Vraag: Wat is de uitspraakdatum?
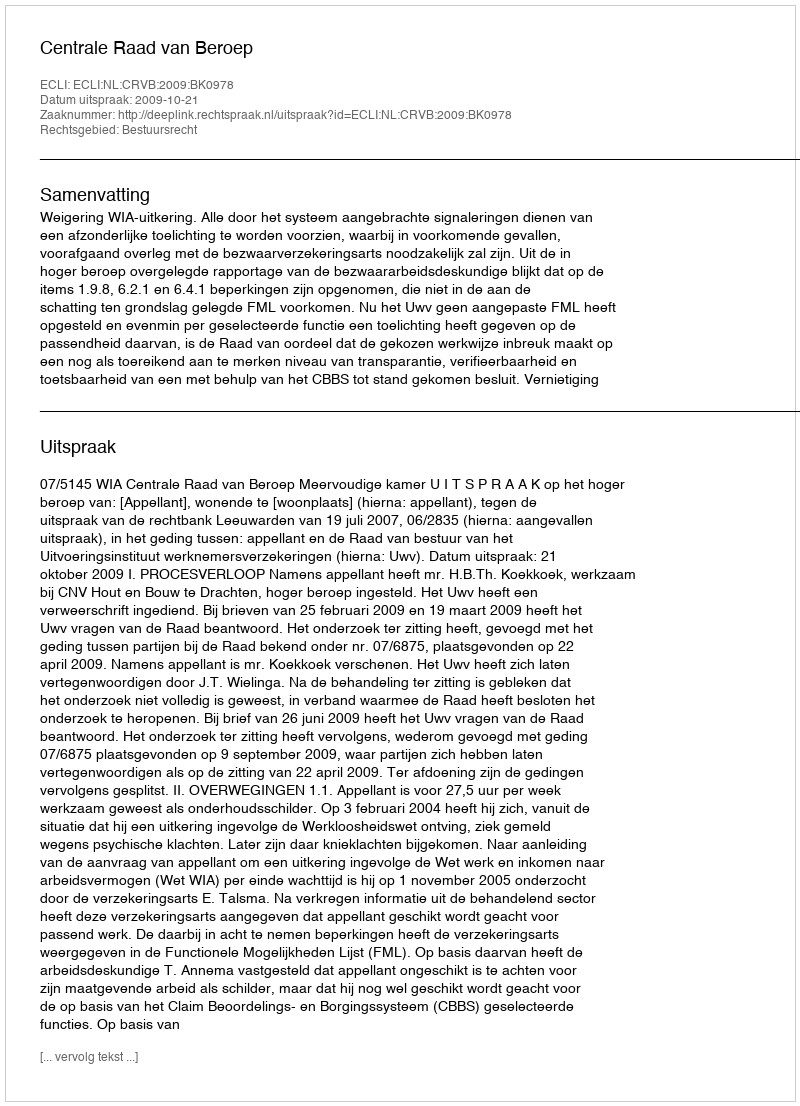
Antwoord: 2009-10-21